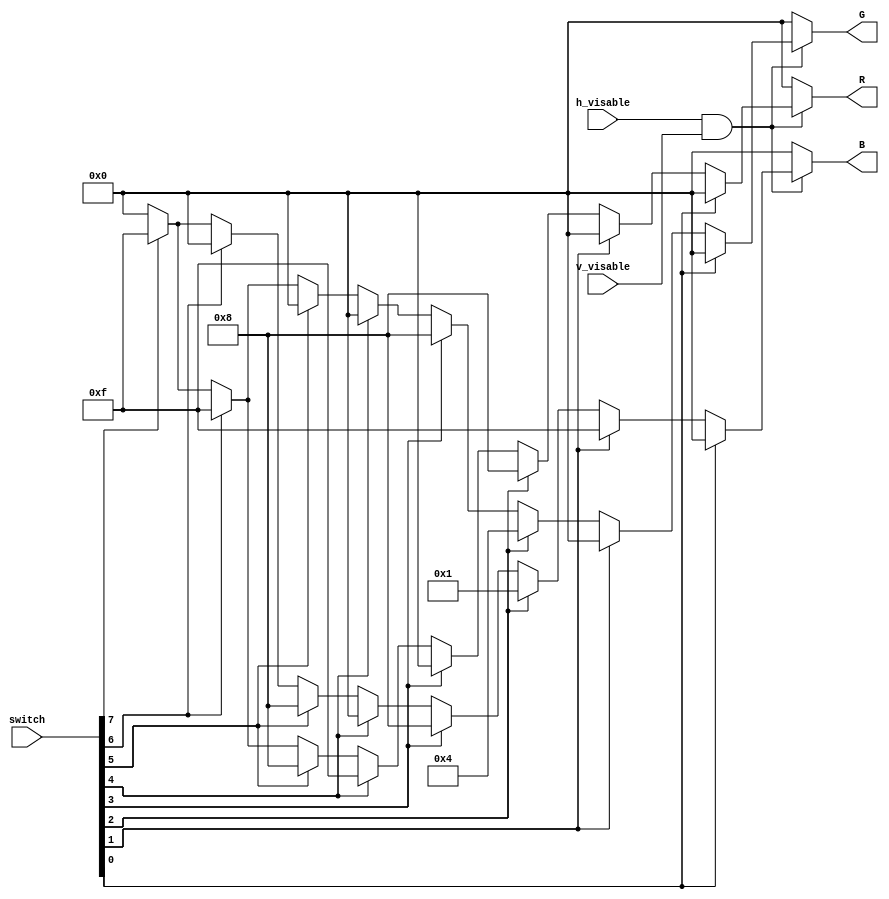
module RGB_display(switch,h_visable,v_visable,R,G,B);
input [7:0]switch;
input h_visable;
input v_visable;
output [3:0]R;
output [3:0]G;
output [3:0]B;

reg [3:0]R_m;
reg [3:0]G_m;
reg [3:0]B_m;

always @(switch[0],switch[1],switch[2],switch[3],switch[4],switch[5],switch[6],switch[7]) begin
	if (switch[0] == 1) begin
		R_m <= 0;
		G_m <= 0;
		B_m <= 0;
	end
	else if(switch[1] == 1) begin
		R_m <= 0;
		G_m <= 0;
		B_m <= 15;
	end
	else if(switch[2] == 1) begin
		R_m <= 8;
		G_m <= 4;
		B_m <= 1;
	end
	else if(switch[3] == 1) begin
		R_m <= 0;
		G_m <= 8;
		B_m <= 8;
	end
	else if(switch[4] == 1) begin
		R_m <= 15;
		G_m <= 0;
		B_m <= 0;
	end
	else if(switch[5] == 1) begin
		R_m <= 8;
		G_m <= 0;
		B_m <= 8;
	end
	else if(switch[6] == 1) begin
		R_m <= 15;
		G_m <= 15;
		B_m <= 0;
	end
	else if(switch[7] == 1) begin
		R_m <= 15;
		G_m <= 15;
		B_m <= 15;
	end
	else begin
		R_m <= 0;
        G_m <= 0;
        B_m <= 0;
    end
end

assign R = ((h_visable == 1)&&(v_visable == 1))? R_m:0;
assign G = ((h_visable == 1)&&(v_visable == 1))? G_m:0;
assign B = ((h_visable == 1)&&(v_visable == 1))? B_m:0;

endmodule